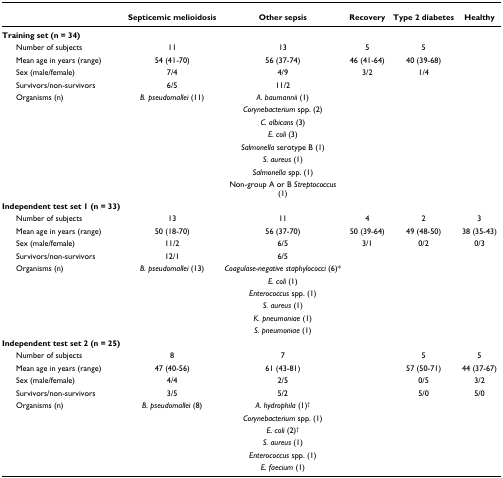
<table><thead><tr><td>[EMPTY_CELL]</td><td><b>Septicemic melioidosis</b></td><td><b>Other sepsis</b></td><td><b>Recovery</b></td><td><b>Type 2 diabetes</b></td><td><b>Healthy</b></td></tr></thead><tbody><tr><td><b>Training set (n = 34)</b></td><td>[EMPTY_CELL]</td><td>[EMPTY_CELL]</td><td>[EMPTY_CELL]</td><td>[EMPTY_CELL]</td><td>[EMPTY_CELL]</td></tr><tr><td> Number of subjects</td><td>11</td><td>13</td><td>5</td><td>5</td><td>[EMPTY_CELL]</td></tr><tr><td> Mean age in years (range)</td><td>54 (41-70)</td><td>56 (37-74)</td><td>46 (41-64)</td><td>40 (39-68)</td><td>[EMPTY_CELL]</td></tr><tr><td> Sex (male/female)</td><td>7/4</td><td>4/9</td><td>3/2</td><td>1/4</td><td>[EMPTY_CELL]</td></tr><tr><td> Survivors/non-survivors</td><td>6/5</td><td>11/2</td><td>[EMPTY_CELL]</td><td>[EMPTY_CELL]</td><td>[EMPTY_CELL]</td></tr><tr><td> Organisms (n)</td><td><i>B. pseudomallei </i>(11)</td><td><i>A. baumannii </i>(1)</td><td>[EMPTY_CELL]</td><td>[EMPTY_CELL]</td><td>[EMPTY_CELL]</td></tr><tr><td>[EMPTY_CELL]</td><td>[EMPTY_CELL]</td><td><i>Corynebacterium </i>spp. (2)</td><td>[EMPTY_CELL]</td><td>[EMPTY_CELL]</td><td>[EMPTY_CELL]</td></tr><tr><td>[EMPTY_CELL]</td><td>[EMPTY_CELL]</td><td><i>C. albicans </i>(3)</td><td>[EMPTY_CELL]</td><td>[EMPTY_CELL]</td><td>[EMPTY_CELL]</td></tr><tr><td>[EMPTY_CELL]</td><td>[EMPTY_CELL]</td><td><i>E. coli </i>(3)</td><td>[EMPTY_CELL]</td><td>[EMPTY_CELL]</td><td>[EMPTY_CELL]</td></tr><tr><td>[EMPTY_CELL]</td><td>[EMPTY_CELL]</td><td><i>Salmonella </i>serotype B (1)</td><td>[EMPTY_CELL]</td><td>[EMPTY_CELL]</td><td>[EMPTY_CELL]</td></tr><tr><td>[EMPTY_CELL]</td><td>[EMPTY_CELL]</td><td><i>S. aureus </i>(1)</td><td>[EMPTY_CELL]</td><td>[EMPTY_CELL]</td><td>[EMPTY_CELL]</td></tr><tr><td>[EMPTY_CELL]</td><td>[EMPTY_CELL]</td><td><i>Salmonella </i>spp. (1)</td><td>[EMPTY_CELL]</td><td>[EMPTY_CELL]</td><td>[EMPTY_CELL]</td></tr><tr><td>[EMPTY_CELL]</td><td>[EMPTY_CELL]</td><td>Non-group A or B <i>Streptococcus </i>(1)</td><td>[EMPTY_CELL]</td><td>[EMPTY_CELL]</td><td>[EMPTY_CELL]</td></tr><tr><td><b>Independent test set 1 (n = 33)</b></td><td>[EMPTY_CELL]</td><td>[EMPTY_CELL]</td><td>[EMPTY_CELL]</td><td>[EMPTY_CELL]</td><td>[EMPTY_CELL]</td></tr><tr><td> Number of subjects</td><td>13</td><td>11</td><td>4</td><td>2</td><td>3</td></tr><tr><td> Mean age in years (range)</td><td>50 (18-70)</td><td>56 (37-70)</td><td>50 (39-64)</td><td>49 (48-50)</td><td>38 (35-43)</td></tr><tr><td> Sex (male/female)</td><td>11/2</td><td>6/5</td><td>3/1</td><td>0/2</td><td>0/3</td></tr><tr><td> Survivors/non-survivors</td><td>12/1</td><td>6/5</td><td>[EMPTY_CELL]</td><td>[EMPTY_CELL]</td><td>[EMPTY_CELL]</td></tr><tr><td> Organisms (n)</td><td><i>B. pseudomallei </i>(13)</td><td><i>Coagulase-negative staphylococci </i>(6)*</td><td>[EMPTY_CELL]</td><td>[EMPTY_CELL]</td><td>[EMPTY_CELL]</td></tr><tr><td>[EMPTY_CELL]</td><td>[EMPTY_CELL]</td><td><i>E. coli </i>(1)</td><td>[EMPTY_CELL]</td><td>[EMPTY_CELL]</td><td>[EMPTY_CELL]</td></tr><tr><td>[EMPTY_CELL]</td><td>[EMPTY_CELL]</td><td><i>Enterococcus </i>spp. (1)</td><td>[EMPTY_CELL]</td><td>[EMPTY_CELL]</td><td>[EMPTY_CELL]</td></tr><tr><td>[EMPTY_CELL]</td><td>[EMPTY_CELL]</td><td><i>S. aureus </i>(1)</td><td>[EMPTY_CELL]</td><td>[EMPTY_CELL]</td><td>[EMPTY_CELL]</td></tr><tr><td>[EMPTY_CELL]</td><td>[EMPTY_CELL]</td><td><i>K. pneumoniae </i>(1)</td><td>[EMPTY_CELL]</td><td>[EMPTY_CELL]</td><td>[EMPTY_CELL]</td></tr><tr><td>[EMPTY_CELL]</td><td>[EMPTY_CELL]</td><td><i>S. pneumoniae </i>(1)</td><td>[EMPTY_CELL]</td><td>[EMPTY_CELL]</td><td>[EMPTY_CELL]</td></tr><tr><td><b>Independent test set 2 (n = 25)</b></td><td>[EMPTY_CELL]</td><td>[EMPTY_CELL]</td><td>[EMPTY_CELL]</td><td>[EMPTY_CELL]</td><td>[EMPTY_CELL]</td></tr><tr><td> Number of subjects</td><td>8</td><td>7</td><td>[EMPTY_CELL]</td><td>5</td><td>5</td></tr><tr><td> Mean age in years (range)</td><td>47 (40-56)</td><td>61 (43-81)</td><td>[EMPTY_CELL]</td><td>57 (50-71)</td><td>44 (37-67)</td></tr><tr><td> Sex (male/female)</td><td>4/4</td><td>2/5</td><td>[EMPTY_CELL]</td><td>0/5</td><td>3/2</td></tr><tr><td> Survivors/non-survivors</td><td>3/5</td><td>5/2</td><td>[EMPTY_CELL]</td><td>5/0</td><td>5/0</td></tr><tr><td> Organisms (n)</td><td><i>B. pseudomallei </i>(8)</td><td><i>A. hydrophila </i>(1)<sup>†</sup></td><td>[EMPTY_CELL]</td><td>[EMPTY_CELL]</td><td>[EMPTY_CELL]</td></tr><tr><td>[EMPTY_CELL]</td><td>[EMPTY_CELL]</td><td><i>Corynebacterium </i>spp. (1)</td><td>[EMPTY_CELL]</td><td>[EMPTY_CELL]</td><td>[EMPTY_CELL]</td></tr><tr><td>[EMPTY_CELL]</td><td>[EMPTY_CELL]</td><td><i>E. coli </i>(2)<sup>†</sup></td><td>[EMPTY_CELL]</td><td>[EMPTY_CELL]</td><td>[EMPTY_CELL]</td></tr><tr><td>[EMPTY_CELL]</td><td>[EMPTY_CELL]</td><td><i>S. aureus </i>(1)</td><td>[EMPTY_CELL]</td><td>[EMPTY_CELL]</td><td>[EMPTY_CELL]</td></tr><tr><td>[EMPTY_CELL]</td><td>[EMPTY_CELL]</td><td><i>Enterococcus </i>spp. (1)</td><td>[EMPTY_CELL]</td><td>[EMPTY_CELL]</td><td>[EMPTY_CELL]</td></tr><tr><td>[EMPTY_CELL]</td><td>[EMPTY_CELL]</td><td><i>E. faecium </i>(1)</td><td>[EMPTY_CELL]</td><td>[EMPTY_CELL]</td><td>[EMPTY_CELL]</td></tr></tbody></table>